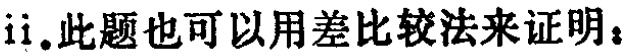
ii. 此题也可以用差比较法来证明：